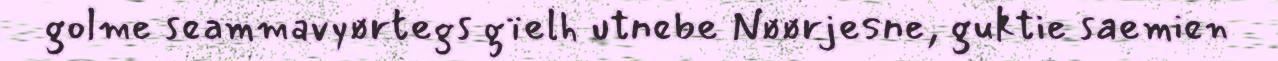
golme seammavyørtegs gïelh utnebe Nøørjesne, guktie saemien